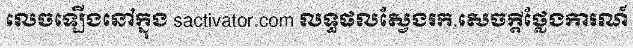
លេចឡើងនៅក្នុង sactivator.com លទ្ធផលស្វែងរក.សេចក្តីថ្លែងការណ៍